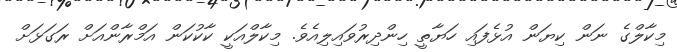
މިކާލްގެ ނަން ކިޔަން އުޅެފައި ހަޔާތީ ހިންދިރުވައިލިއެވެ. މިކާލްއަކީ ކާކުކަން އަމްރާންއަށް ރަގަޅަށް